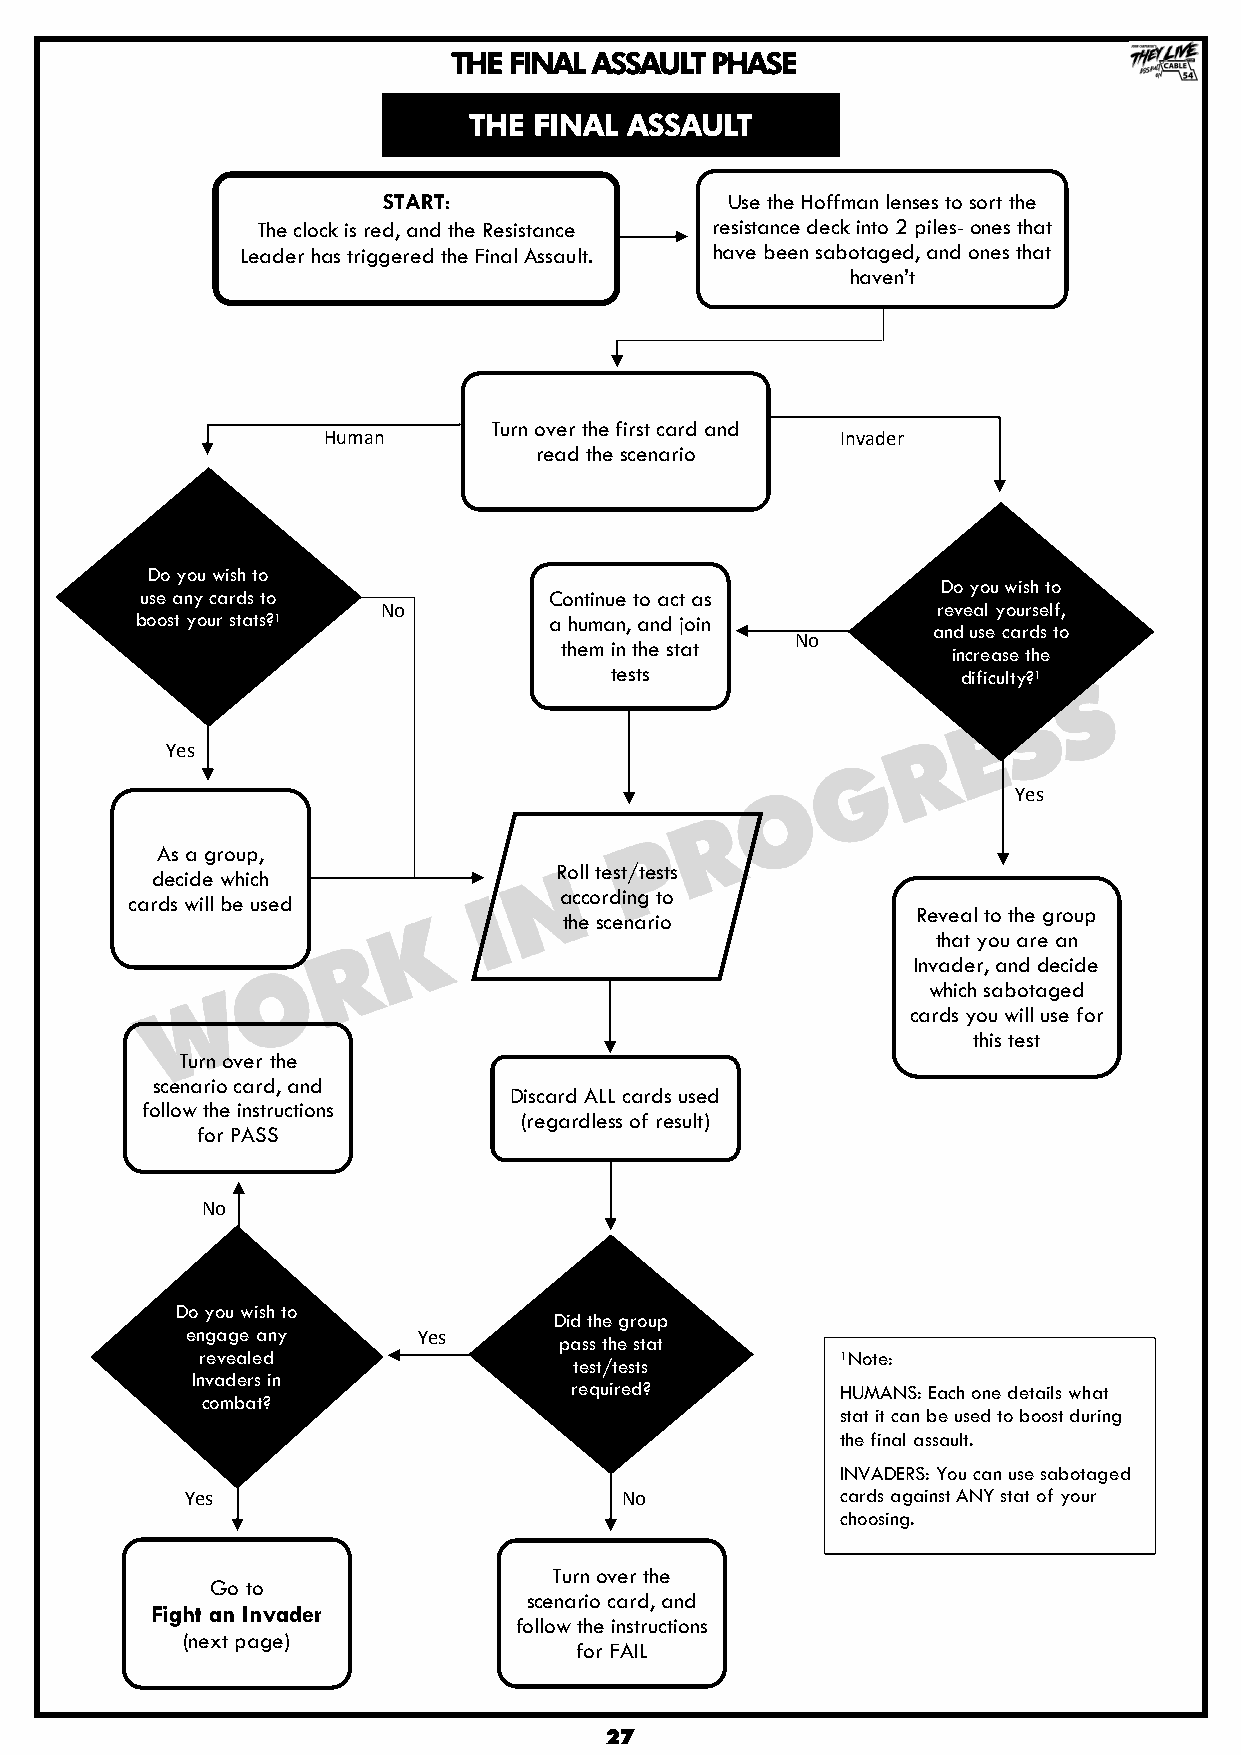
THE FINAL ASSAULT PHASE
 THE FINAL  ASSAULT
 START:                 Use the Hoffman lenses to sort the
 The clock is red, and the Resistance resistance deck into 2 piles- ones that
 Leader has triggered the Final Assault. have been sabotaged, and ones that
 haven‟t
 Turn over the first card and
 Human                              Invader
 read the scenario
 Do you wish to
 Do you wish to
 use any cards to           Continue to act as
 No                                   reveal yourself,
 boost your stats?1         a human, and join
 and use cards to
 them in the stat No
 increase the
 tests                   dificulty?1
 Yes
 Yes
 As a group,
 Roll test/tests
 decide which
 according to
 cards will be used
 Reveal to the group
 the scenario
 that you are an
 Invader, and decide
 which sabotaged
 cards you will use for
 this test
 Turn over the
 scenario card, and
 Discard ALL cards used
 follow the instructions
 (regardless of result)
 for PASS
 No
 Do you wish to
 Did the group
 engage any      Yes      pass the stat
 revealed                                   1Note:
 test/tests
 Invaders in
 required?         HUMANS: Each one details what
 combat?
 stat it can be used to boost during
 the final assault.
 INVADERS: You can use sabotaged
 Yes                          No             cards against ANY stat of your
 choosing.
 Turn over the
 Go to
 scenario card, and
 Fight an Invader
 follow the instructions
 (next page)
 for FAIL
 27